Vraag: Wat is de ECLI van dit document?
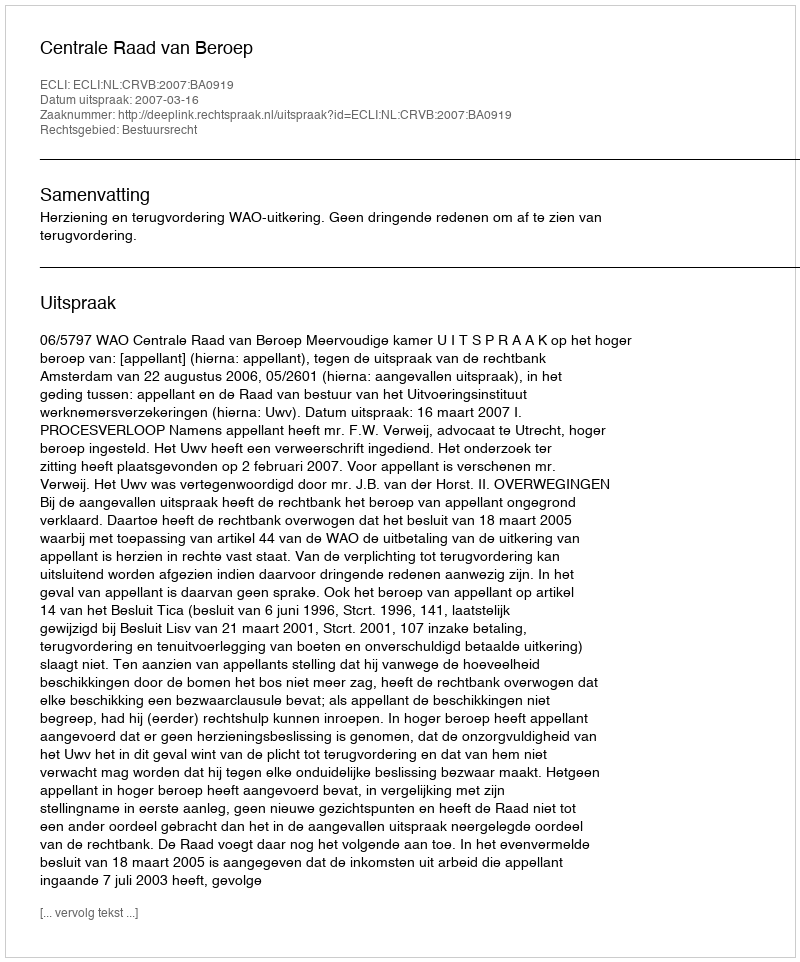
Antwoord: ECLI:NL:CRVB:2007:BA0919